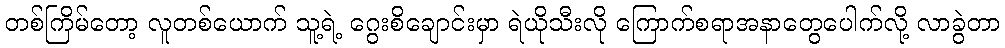
တစ်ကြိမ်တော့ လူတစ်ယောက် သူ့ရဲ့ ဂွေးစိချောင်းမှာ ရဲယိုသီးလို ကြောက်စရာအနာတွေပေါက်လို့ လာခွဲတာ